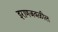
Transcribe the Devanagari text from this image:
इराणजवळील